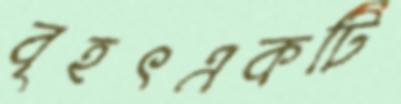
বৃহৎএকটি